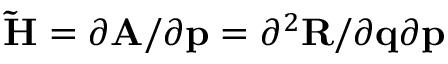
\mathbf { \tilde { H } } = { \partial \mathbf { A } } / { \partial \mathbf { p } } = { \partial ^ { 2 } \mathbf { R } } / { \partial \mathbf { q } \partial \mathbf { p } }